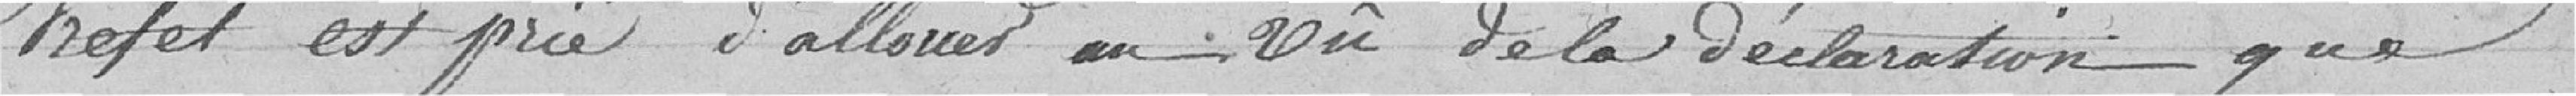
Préfet est prié d'allouer au vu de la déclaration que